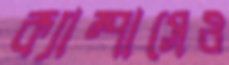
ক্যাম্পাসেও